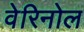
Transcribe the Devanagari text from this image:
वेरिनोल